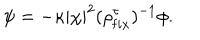
\psi = - \kappa | \chi | ^ { 2 } ( \rho _ { \mathrm f i x } ^ { \tau } ) ^ { - 1 } \phi .